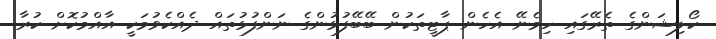
ކޯލިޝަންގެ ތެރޭގައި ހިމެނޭ އެހެން ޕާޓީތަކުން ބޭބޭފުޅުންގެ ނަންފުޅުތައް ދެއްކެވުމަކީ އާއްމުކޮށް ކުރާ